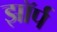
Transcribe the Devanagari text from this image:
झॉर्प